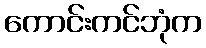
ကောင်းကင်ဘုံက